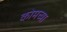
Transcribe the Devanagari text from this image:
कोमच्या